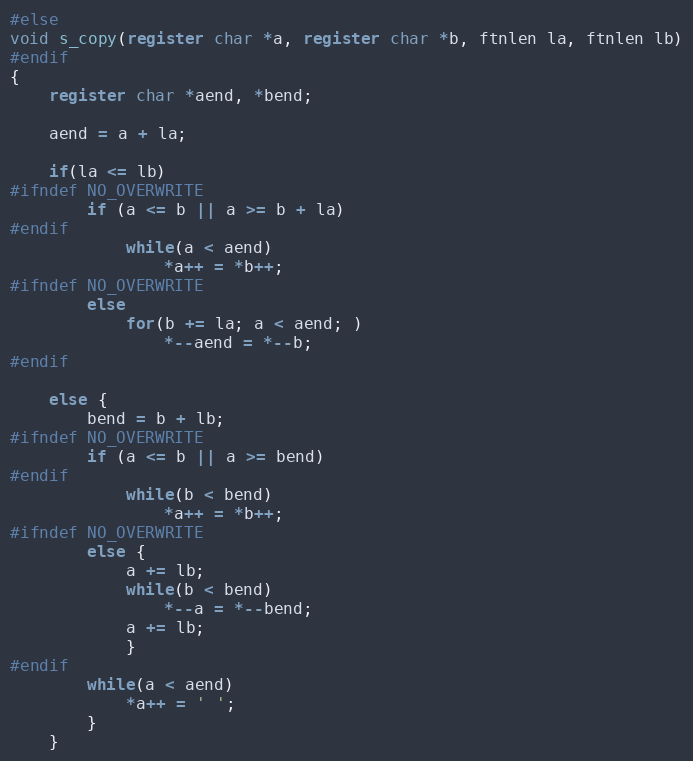
Language: C
#else
void s_copy(register char *a, register char *b, ftnlen la, ftnlen lb)
#endif
{
	register char *aend, *bend;

	aend = a + la;

	if(la <= lb)
#ifndef NO_OVERWRITE
		if (a <= b || a >= b + la)
#endif
			while(a < aend)
				*a++ = *b++;
#ifndef NO_OVERWRITE
		else
			for(b += la; a < aend; )
				*--aend = *--b;
#endif

	else {
		bend = b + lb;
#ifndef NO_OVERWRITE
		if (a <= b || a >= bend)
#endif
			while(b < bend)
				*a++ = *b++;
#ifndef NO_OVERWRITE
		else {
			a += lb;
			while(b < bend)
				*--a = *--bend;
			a += lb;
			}
#endif
		while(a < aend)
			*a++ = ' ';
		}
	}